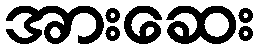
အားဆေး